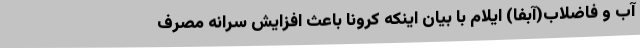
آب و فاضلاب(آبفا) ایلام با بیان اینکه کرونا باعث افزایش سرانه مصرف